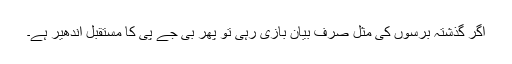
اگر گذشتہ برسوں کی مثل صرف بیان بازی رہی تو پھر بی جے پی کا مستقبل اندھیر ہے۔